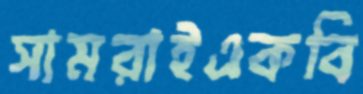
সামরাইএকবি